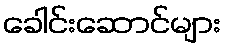
ခေါင်းဆောင်များ